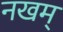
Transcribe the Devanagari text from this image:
नखम्